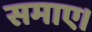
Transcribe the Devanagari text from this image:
समाए।